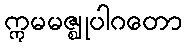
ဣမမဇ္ဈုပါဂတော